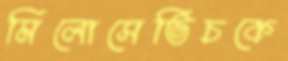
মিলোসেভিচকে